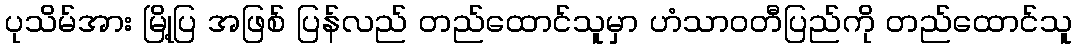
ပုသိမ်အား မြို့ပြ အဖြစ် ပြန်လည် တည်ထောင်သူမှာ ဟံသာဝတီပြည်ကို တည်ထောင်သူ